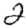
Digit: 2